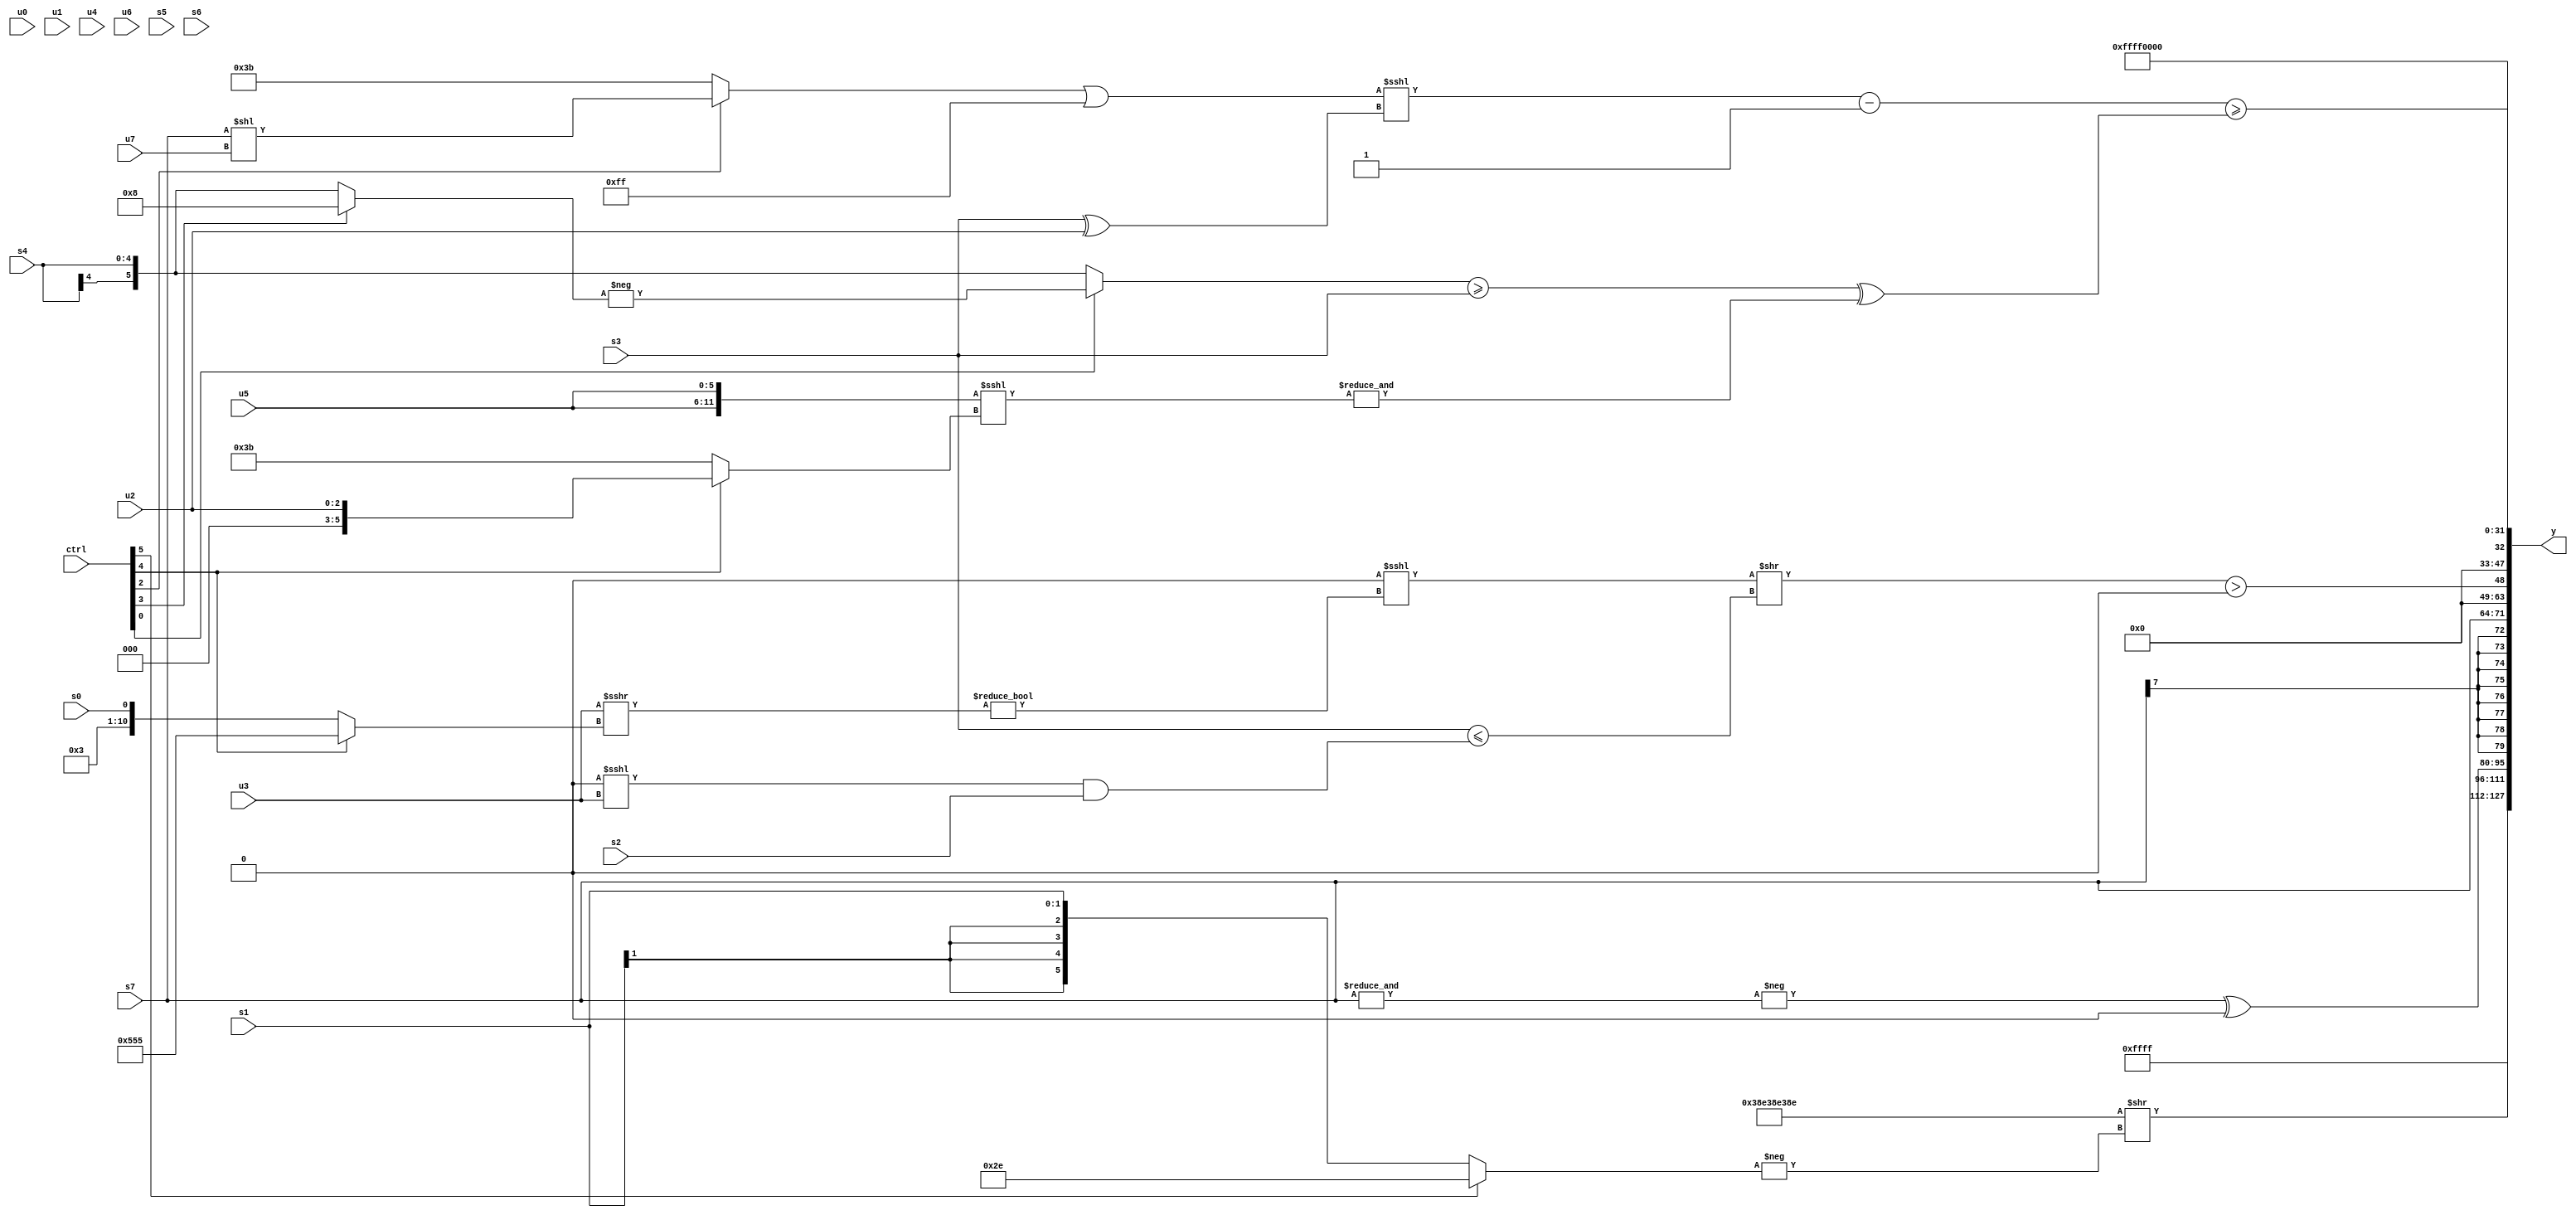
module wideexpr_00980(ctrl, u0, u1, u2, u3, u4, u5, u6, u7, s0, s1, s2, s3, s4, s5, s6, s7, y);
  input [7:0] ctrl;
  input [0:0] u0;
  input [1:0] u1;
  input [2:0] u2;
  input [3:0] u3;
  input [4:0] u4;
  input [5:0] u5;
  input [6:0] u6;
  input [7:0] u7;
  input signed [0:0] s0;
  input signed [1:0] s1;
  input signed [2:0] s2;
  input signed [3:0] s3;
  input signed [4:0] s4;
  input signed [5:0] s5;
  input signed [6:0] s6;
  input signed [7:0] s7;
  output [127:0] y;
  wire [15:0] y0;
  wire [15:0] y1;
  wire [15:0] y2;
  wire [15:0] y3;
  wire [15:0] y4;
  wire [15:0] y5;
  wire [15:0] y6;
  wire [15:0] y7;
  assign y = {y0,y1,y2,y3,y4,y5,y6,y7};
  assign y0 = $signed({2{~&(6'b000111)}});
  assign y1 = ({3{$signed({2{6'sb001110}})}})>>(-((ctrl[5]?6'sb101110:s1)));
  assign y2 = (-(+(&(s7))))^(1'sb0);
  assign y3 = s7;
  assign y4 = $unsigned((((1'sb0)<<<((2'sb00)!=(($signed(u3))>>>((ctrl[4]?{3{4'sb0101}}:{5'sb00011,s0})))))>>((s3)<=((($signed(1'sb0))<<<(u3))&(s2))))>(1'b0));
  assign y5 = ($unsigned(((((ctrl[2]?(s7)<<(u7):6'sb111011))|(-($unsigned(3'b001))))<<<($signed(($signed(s3))^($signed(u2)))))-(($signed(6'b110000))>>>($signed(4'sb0101)))))>=(^((((ctrl[0]?-((ctrl[3]?6'sb001000:s4)):$signed(s4)))>=(s3))^(&(({2{u5}})<<<((ctrl[4]?$unsigned(u2):~(6'sb000100)))))));
  assign y6 = 1'sb1;
  assign y7 = {2{{3{(ctrl[2]?(((ctrl[2]?2'sb10:s5))&($signed(1'b1)))>>>(5'sb10000):-(({1{3'sb010}})>($unsigned(4'b1000))))}}}};
endmodule